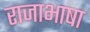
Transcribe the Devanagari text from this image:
राजाभाषा